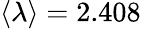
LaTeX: \langle\lambda\rangle=2.408